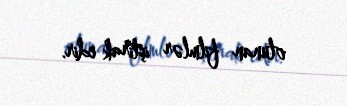
olunan filmlər iştirak edir.